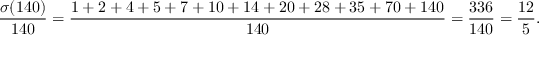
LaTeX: { \frac { \sigma ( 1 4 0 ) } { 1 4 0 } } = { \frac { 1 + 2 + 4 + 5 + 7 + 1 0 + 1 4 + 2 0 + 2 8 + 3 5 + 7 0 + 1 4 0 } { 1 4 0 } } = { \frac { 3 3 6 } { 1 4 0 } } = { \frac { 1 2 } { 5 } } .